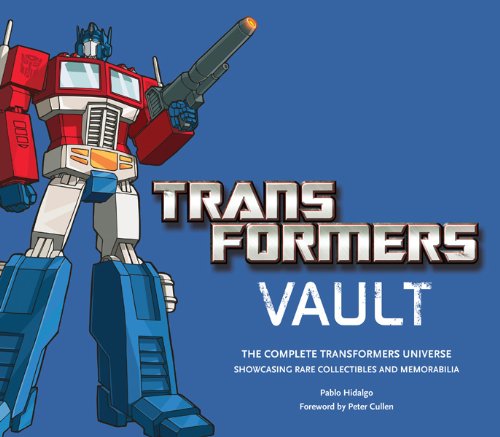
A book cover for Transformers Vault: Showcasing Rare Collectibles and Memorabilia; Pablo Hidalgo; Comics & Graphic Novels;